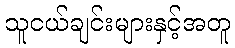
သူငယ်ချင်းများနှင့်အတူ